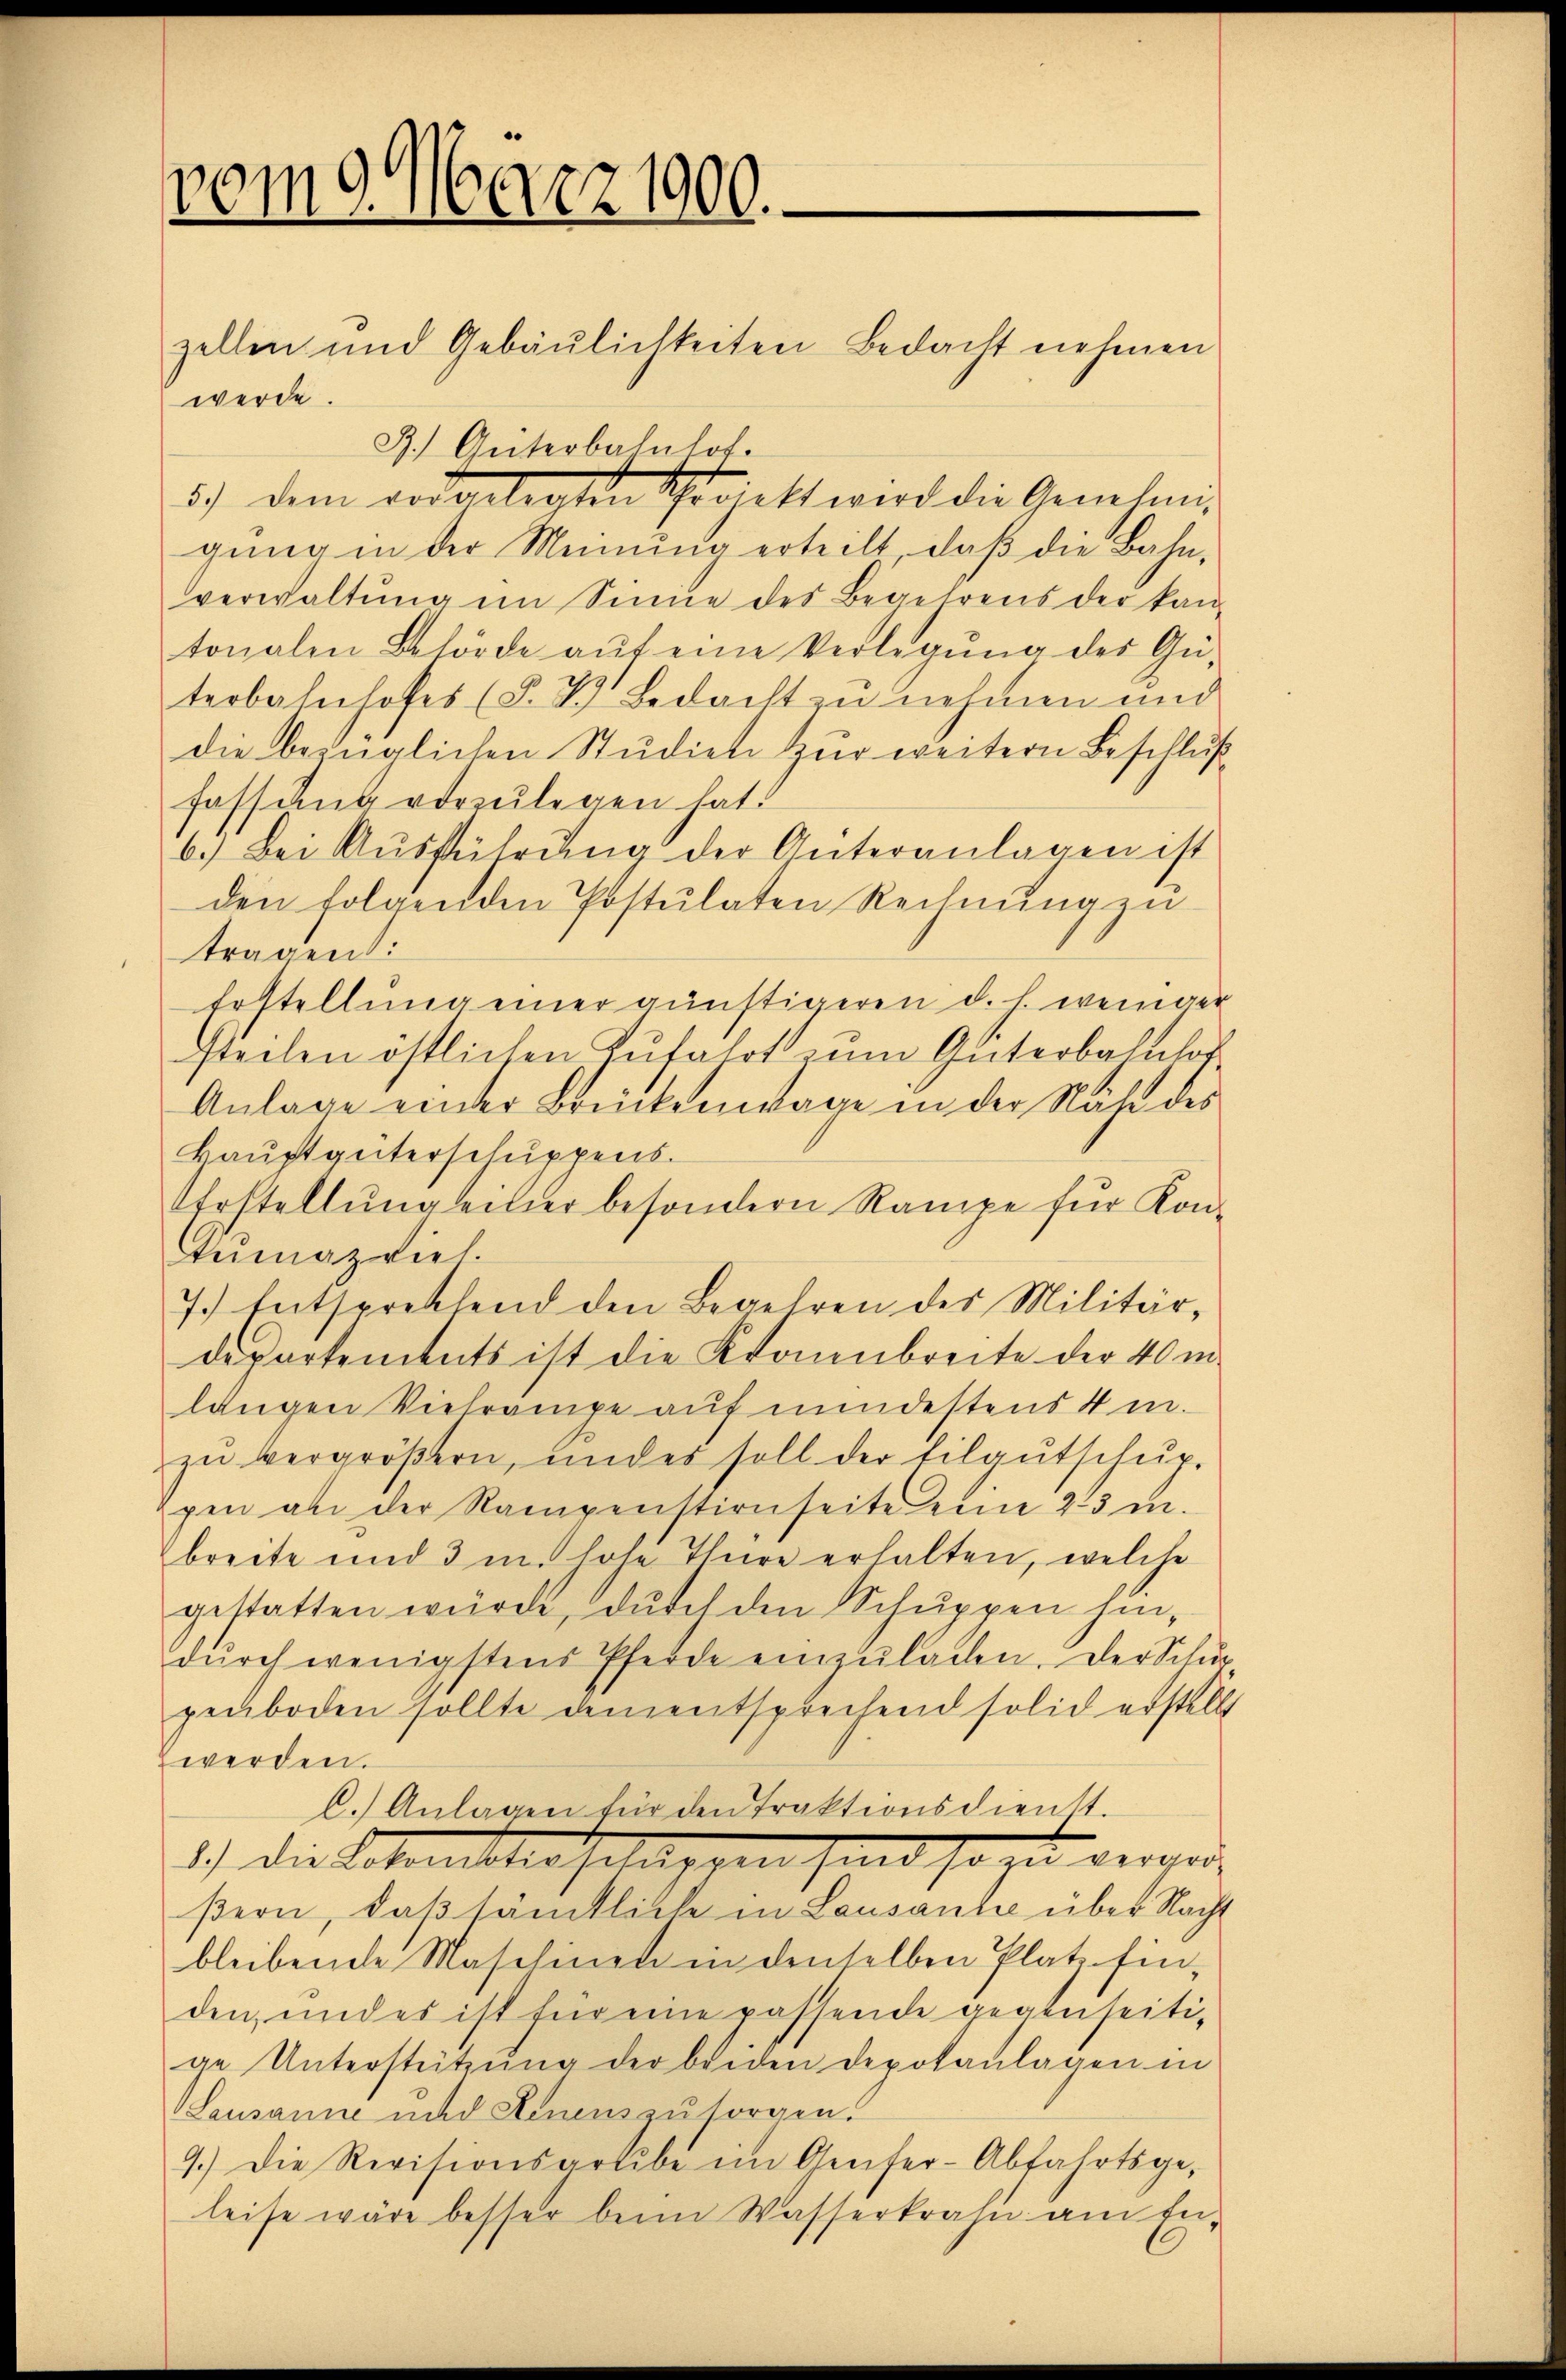
1671
.März 1900.

zellen und Gebäŭlichkeiten Bedacht nehmen

werde.
J.) Güterbahnhof.
5) dem vorgelegten Schorett wird die Genehmi-
gung in der Meinung erteilt, daß die Bahn,
verwaltŭng im Sinne des Begehrens der kan-
tonalen Behörde aŭf eine Verlegŭng des Gü-
terbahnhofes (§. 7. Bedacht zu nehmen und
die bezüglichen Studiene zur weitern Beschluß
fassung vorzulegen hat.
6.) Bei Aŭsführŭng der Güteranlagen ist
den folgenden Postulaten Rechnŭng zu
tragend:
Erstellung einer günstigeren d. h. weniger
stechen östlichen Zufahrt zum Güterbahnhof¬
Anlage einer Brückenwage in der Nähe des
kaŭptanterschŭppens.
Erstellŭng eilier besondern Rampe für Kon-
Temazviel.
7.) Entsprechend den Begehren des Militär-
departements ist die Kronenbreite der 40 m
langen Viehrampe auf mindestens 4 m
zŭ vergröβern, und es soll der Eilgŭtschŭp-
pen an der Rampenstirnseite eine 23 in
breite und 3 m. hohe Thüre erhalten, welche
gestatten würde, durch den Schuppen hindŭrch wenigstens Pferde einzŭladen. Der Schur
penboden sollte dem entsprechend solich erstell
z werden.
C.) Anlagen für den Traktionsdienst.
1.) Die Erkenstosseln nahme se
ßion, daß sämtliche in Landantieren eine seine eine
bleibende Maschinen in denselben Platz fin-
den, und es ist für eine passende gegenseitige Unterstützŭng der beiden Depokanlagen in
Lausanne und denens zu sorgen.
9.) Die Revisionsartibe im Genfer-Abfahrtsge-
leise wäre besser beim Wasserkrafe am En¬